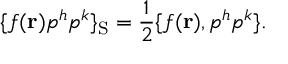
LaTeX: \{ f ( { \bf r } ) p ^ { h } p ^ { k } \} _ { \mathrm { S } } = { \frac { 1 } { 2 } } \{ f ( { \bf r } ) , p ^ { h } p ^ { k } \} .